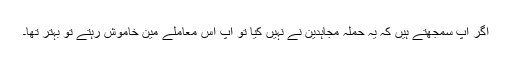
اگر آپ سمجھتے ہیں کہ یہ حملہ مجاہدین نے نہیں کیا تو آپ اس معاملے مین خاموش رہتے تو بہتر تھا۔